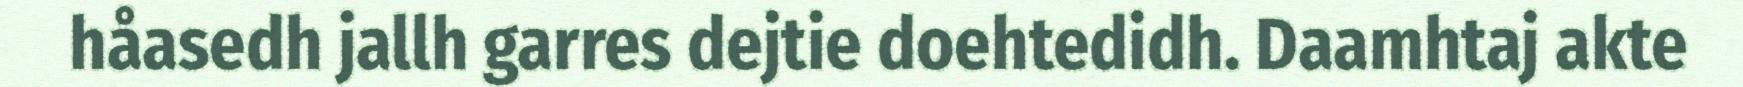
håasedh jallh garres dejtie doehtedidh. Daamhtaj akte